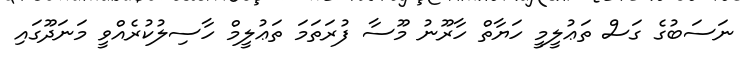
ނަސަބުގެ ގަސް ތަޢުލީމީ ހަޔާތް ހާރޫނު މޫސާ ފުރަތަމަ ތަޢުލީމް ހާސިލުކުރެއްވީ މަނަދޫގައި